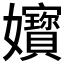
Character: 𡤧